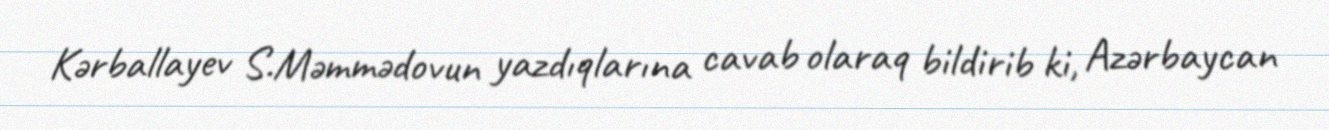
Kərballayev S.Məmmədovun yazdıqlarına cavab olaraq bildirib ki, Azərbaycan